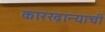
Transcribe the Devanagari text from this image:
कारख़ान्याची